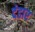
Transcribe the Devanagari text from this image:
दंडार